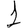
Digit: 1